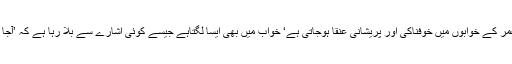
اس عمر کے خوابوں میں خوفناکی اور پریشانی عنقا ہوجاتی ہے‘ خواب میں بھی ایسا لگتاہے جیسے کوئی اشارے سے بلا رہا ہے کہ ’آجا بھئی۔